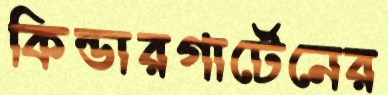
কিন্ডারগার্টেনের